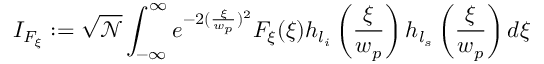
I _ { F _ { \xi } } : = \sqrt { \mathcal { N } } \int _ { - \infty } ^ { \infty } e ^ { - 2 ( \frac { \xi } { w _ { p } } ) ^ { 2 } } F _ { \xi } ( \xi ) h _ { l _ { i } } \left( \frac { \xi } { w _ { p } } \right) h _ { l _ { s } } \left( \frac { \xi } { w _ { p } } \right) d \xi